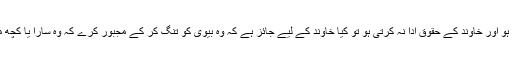
اور اگر بيوى برے اخلاق كى مالك ہو اور خاوند كے حقوق ادا نہ كرتى ہو تو كيا خاوند كے ليے جائز ہے كہ وہ بيوى كو تنگ كر كے مجبور كرے كہ وہ سارا يا كچھ مہر دے كر خلع حاصل كرے لے ؟